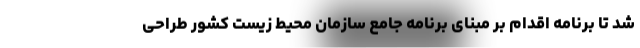
شد تا برنامه اقدام بر مبنای برنامه جامع سازمان محیط زیست کشور طراحی